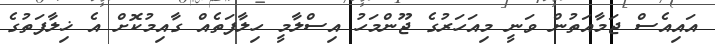
އައިއެސް ޖަމާއަތުން ވަނީ މިއަހަރުގެ ޖޫންމަހު އިސްލާމީ ހިލާފަތެއް ގާއިމުކޮށް އެ ޚިލާފަތުގެ